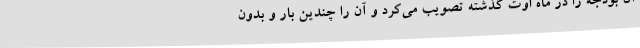
آن بودجه را در ماه اوت گذشته تصویب می‌کرد و آن را چندین بار و بدون